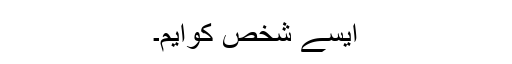
ایسے شخص کوایم۔